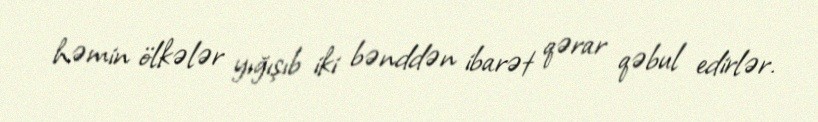
həmin ölkələr yığışıb iki bənddən ibarət qərar qəbul edirlər.